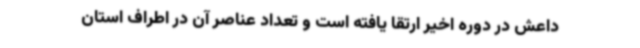
داعش در دوره اخیر ارتقا یافته است و تعداد عناصر آن در اطراف استان